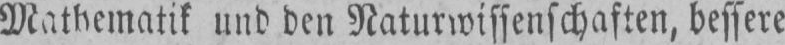
Mathematik und den Naturwissenschaften, bessere